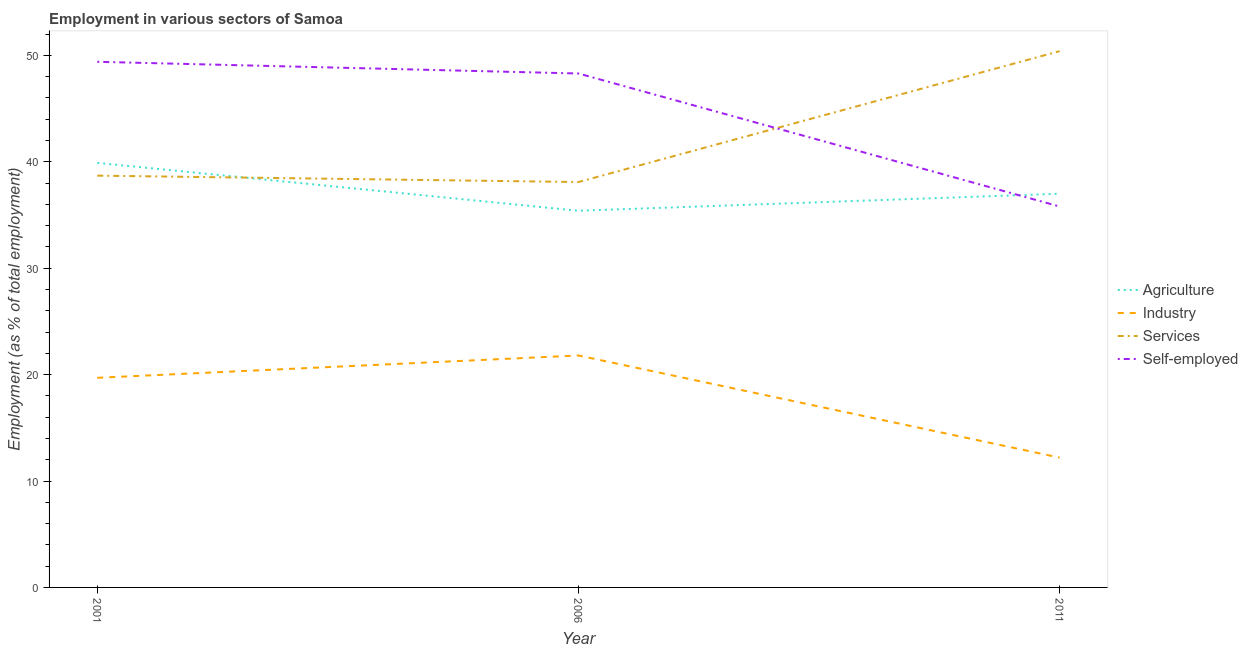
| Year | Agriculture | Industry | Services | Self-employed |
 | --- | --- | --- | --- | --- |
 | 2001 | 39.9 | 19.7 | 38.7 | 49.4 |
 | 2006 | 35.4 | 21.8 | 38.1 | 48.3 |
 | 2011 | 37 | 12.2 | 50.4 | 35.8 |